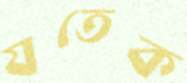
যতেক